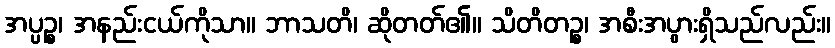
အပ္ပဉ္စ၊ အနည်းငယ်ကိုသာ။ ဘာသတိ၊ ဆိုတတ်၏။ သိတိတဉ္စ၊ အစီးအပွားရှိသည်လည်း။